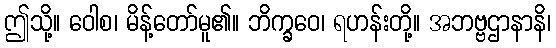
ဤသို့။ ဝေါစ၊ မိန့်တော်မူ၏။ ဘိက္ခဝေ၊ ရဟန်းတို့။ အဘဗ္ဗဌာနာနိ၊